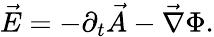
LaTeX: \vec{E}=-\partial_{t}\vec{A}-\vec{\nabla}\Phi.